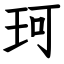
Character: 珂